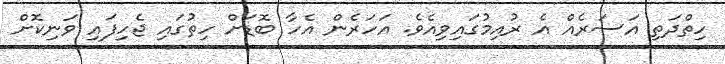
ހިތްދަތި އަސަރެއް އެ ރުއިމުގައިވިއެވެ. އަހަރެން އެހާ ބޮޑަށް ހިތުގައި ޖެހިފައި ވަނިކޮށް